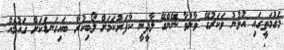
މަގުމަތީގައި އުޅުނު ވަކަރުގޭ ވާނުވާ ނޭންގޭ ލާދީނީ ކާފަރުކަމަށް ލޯބިކުރާ ބައިގަނޑަކަށް ގައުމެއް